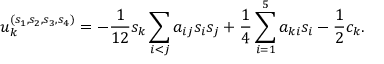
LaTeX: u _ { k } ^ { ( s _ { 1 } , s _ { 2 } , s _ { 3 } , s _ { 4 } ) } = - \frac { 1 } { 1 2 } s _ { k } \sum _ { i < j } a _ { i j } s _ { i } s _ { j } + \frac { 1 } { 4 } \sum _ { i = 1 } ^ { 5 } a _ { k i } s _ { i } - \frac { 1 } { 2 } c _ { k } .